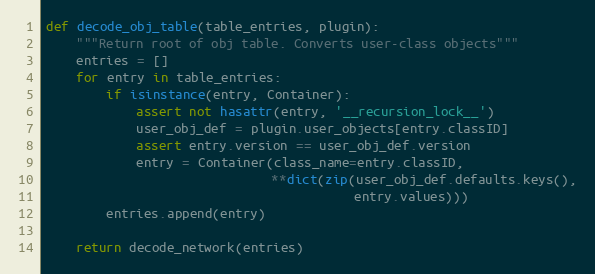
Language: Python
def decode_obj_table(table_entries, plugin):
    """Return root of obj table. Converts user-class objects"""
    entries = []
    for entry in table_entries:
        if isinstance(entry, Container):
            assert not hasattr(entry, '__recursion_lock__')
            user_obj_def = plugin.user_objects[entry.classID]
            assert entry.version == user_obj_def.version
            entry = Container(class_name=entry.classID,
                              **dict(zip(user_obj_def.defaults.keys(),
                                         entry.values)))
        entries.append(entry)

    return decode_network(entries)